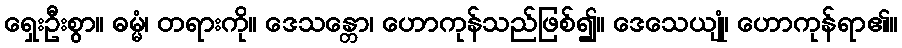
ရှေးဦးစွာ။ ဓမ္မံ၊ တရားကို။ ဒေသန္တော၊ ဟောကုန်သည်ဖြစ်၍။ ဒေသေယျုံ၊ ဟောကုန်ရာ၏။